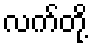
လက်တို့